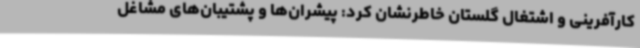
کارآفرینی و اشتغال گلستان خاطرنشان کرد: پیشران‌ها و پشتیبان‌های مشاغل